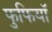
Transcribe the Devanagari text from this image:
फुफियाॅ